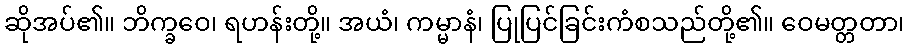
ဆိုအပ်၏။ ဘိက္ခဝေ၊ ရဟန်းတို့။ အယံ၊ ကမ္မာနံ၊ ပြုပြင်ခြင်းကံစသည်တို့၏။ ဝေမတ္တတာ၊